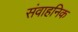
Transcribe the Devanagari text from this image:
संवाहनिक